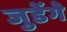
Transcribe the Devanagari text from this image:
जुडेंगे